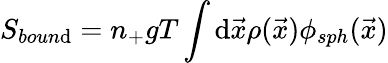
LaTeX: S_{boun\mathrm{d}}=n_{+}gT\int\mathrm{d}{\vec{{x}}}\rho({\vec{{x}}})\phi_{sph}({\vec{{x}}})